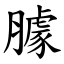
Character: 臄